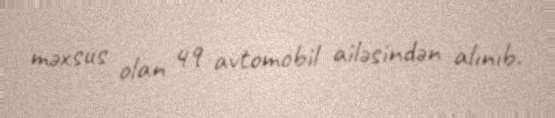
məxsus olan 49 avtomobil ailəsindən alınıb.